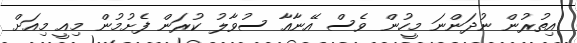
އިތުރުން ނުދަންނަ މީހުން ވެސް އޭނާއާ ސުވާލު ކުރަން ފެށުމުން މިއީ މިއަށް